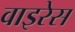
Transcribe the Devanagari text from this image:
वाइरेस